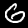
Digit: 6